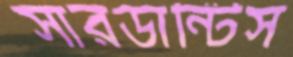
সারডান্টিস